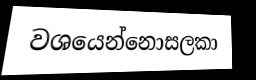
වශයෙන්නොසලකා